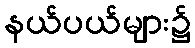
နယ်ပယ်များ၌